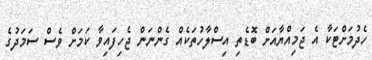
ހެދުމަށްޓަކާ އެ ޖަމިއްޔާއަށް ބޮޑެތި އިސްލާހުތަކެއް ގެންނަން ޖެހިފައިވާ ކަމަށް ވެސް ސަމަދުގެ